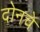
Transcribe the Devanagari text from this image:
दोनचे